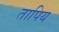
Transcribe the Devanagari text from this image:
तापिय